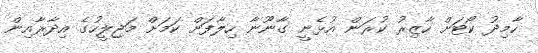
ހާމިދު ކޯޓަށް ހާޒިރު ކުރަން އުޅެނީ ގާނޫނާ ހިލާފަށް ކަމަށް މަޖިލީހުގެ އިދާރާއިން